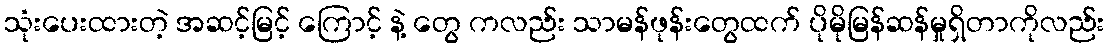
သုံးပေးထားတဲ့ အဆင့်မြင့် ကြောင့် နဲ့ တွေ ကလည်း သာမန်ဖုန်းတွေထက် ပိုမိုမြန်ဆန်မှုရှိတာကိုလည်း